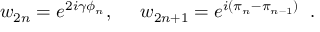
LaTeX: w _ { 2 n } = e ^ { 2 i \gamma \phi _ { n } } , \; \; \; \; \; w _ { 2 n + 1 } = e ^ { i ( \pi _ { n } - \pi _ { n - 1 } ) } \; \; .